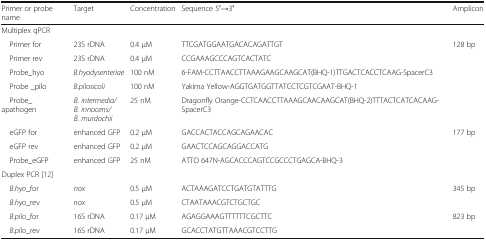
| Primer or probe name | Target | Concentration | Sequence 5′→3′ | Amplicon |
 | --- | --- | --- | --- | --- |
 | <COLSPAN=5> Multiplex qPCR |
 | Primer for | 23S rDNA | 0.4 μM | TTCGATGGAATGACACAGATTGT | <ROWSPAN=2> 128 bp |
 | Primer rev | 23S rDNA | 0.4 μM | CCGAAAGCCCAGTCACTATC |
 | Probe_hyo | B.hyodysenteriae | 100 nM | 6-FAM-CCTTAACCTTAAAGAAGCAAGCAT(BHQ-1)TTGACTCACCTCAAG-SpacerC3 |  |
 | Probe _pilo | B.pilosicoli | 100 nM | Yakima Yellow-AGGTGATGGTTATCCTCGTCGAAT-BHQ-1 |  |
 | Probe_apathogen | B. intermedia/B. innocens/B. murdochii | 25 nM | Dragonfly Orange-CCTCAACCTTAAAGCAACAAGCAT(BHQ-2)TTTACTCATCACAAG-SpacerC3 |  |
 | eGFP for | enhanced GFP | 0.2 μM | GACCACTACCAGCAGAACAC | <ROWSPAN=2> 177 bp |
 | eGFP rev | enhanced GFP | 0.2 μM | GAACTCCAGCAGGACCATG |
 | Probe_eGFP | enhanced GFP | 25 nM | ATTO 647N-AGCACCCAGTCCGCCCTGAGCA-BHQ-3 |  |
 | <COLSPAN=5> Duplex PCR [12] |
 | B.hyo_for | nox | 0.5 μM | ACTAAAGATCCTGATGTATTTG | <ROWSPAN=2> 345 bp |
 | B.hyo_rev | nox | 0.5 μM | CTAATAAACGTCTGCTGC |
 | B.pilo_for | 16S rDNA | 0.17 μM | AGAGGAAAGTTTTTTCGCTTC | <ROWSPAN=2> 823 bp |
 | B.pilo_rev | 16S rDNA | 0.17 μM | GCACCTATGTTAAACGTCCTTG |